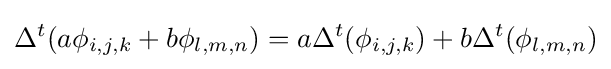
\Delta ^{t}(a\phi _{i,j,k}+b\phi _{l,m,n})=a\Delta ^{t}(\phi _{i,j,k})+b\Delta ^{t}(\phi _{l,m,n})